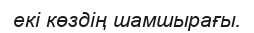
екі көздің шамшырағы.